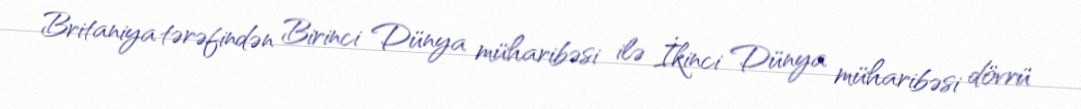
Britaniya tərəfindən Birinci Dünya müharibəsi ilə İkinci Dünya müharibəsi dövrü